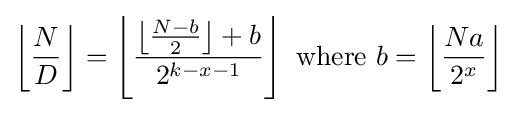
\left\lfloor {\frac {N}{D}}\right\rfloor =\left\lfloor {\frac {\left\lfloor {\frac {N-b}{2}}\right\rfloor +b}{2^{k-x-1}}}\right\rfloor {\text{ where }}b=\left\lfloor {\frac {Na}{2^{x}}}\right\rfloor